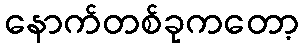
နောက်တစ်ခုကတော့